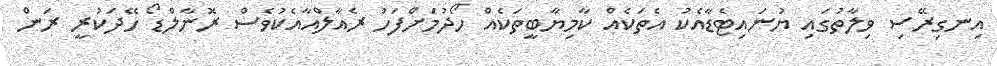
އިނގިރޭސި ވިލާތުގައި ޔުނައިޓެޑާއެކު އެތަކެއް ކާމިޔާބީތަކެއް ހޯދުމަށްފަހު ރެއާލްއާއެކުވެސް ރޮނާލްޑޯ ހޭދަކުރީ ރަން